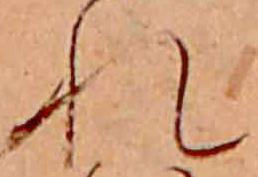
れ